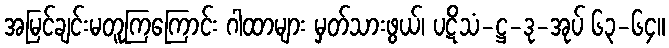
အမြင်ချင်းမတူကြကြောင်း ဂါထာများ မှတ်သားဖွယ်၊ ပဋိသံ-ဋ္ဌ-ဒု-အုပ် ၆၃-၆၄။